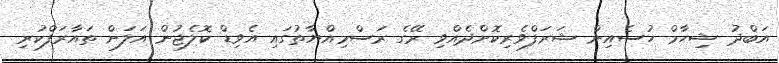
އަބްދު ޝިހާމް ހުސެއިން ޝަރަފްވެރިކޮށްދެއްވި ރޭގެ ރަސްމިއްޔާތުގައި އެވިޑް ކޮލެޖުން އަލަށް ތައާރަފްކުރި